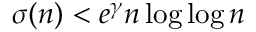
\sigma ( n ) < e ^ { \gamma } n \log \log n